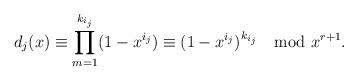
LaTeX: \begin{align*}d_j(x)\equiv \prod_{m=1}^{k_{i_j}}(1-x^{i_j})\equiv (1-x^{i_j})^{k_{i_j}} \mod x^{r+1}.\end{align*}